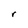
Character: r